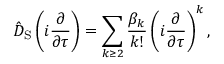
\hat { D } _ { \mathrm { S } } \left( i \frac { \partial } { \partial \tau } \right) = \sum _ { k \geq 2 } \frac { \beta _ { k } } { k ! } \left( i \frac { \partial } { \partial \tau } \right) ^ { k } ,